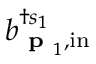
b _ { { \textbf { p } } _ { 1 } , \mathrm { i n } } ^ { \dagger s _ { 1 } }